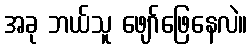
အခု ဘယ်သူ ဖျော်ဖြေနေလဲ။